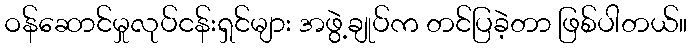
ဝန်ဆောင်မှုလုပ်ငန်းရှင်များ အဖွဲ့ချုပ်က တင်ပြခဲ့တာ ဖြစ်ပါတယ်။